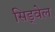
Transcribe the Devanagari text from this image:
सिड्वेल